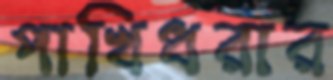
পাখিধরার